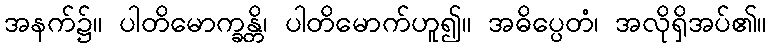
အနက်၌။ ပါတိမောက္ခန္တိ၊ ပါတိမောက်ဟူ၍။ အဓိပ္ပေတံ၊ အလိုရှိအပ်၏။